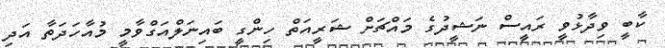
ކާބީ ވިދާޅުވީ ރައީސް ނަޝީދުގެ މައްޗަށް ޝަރީއަތް ހިންގީ ބައިނަލްއަގްވާމީ މުއާހަދަތާ އަދި